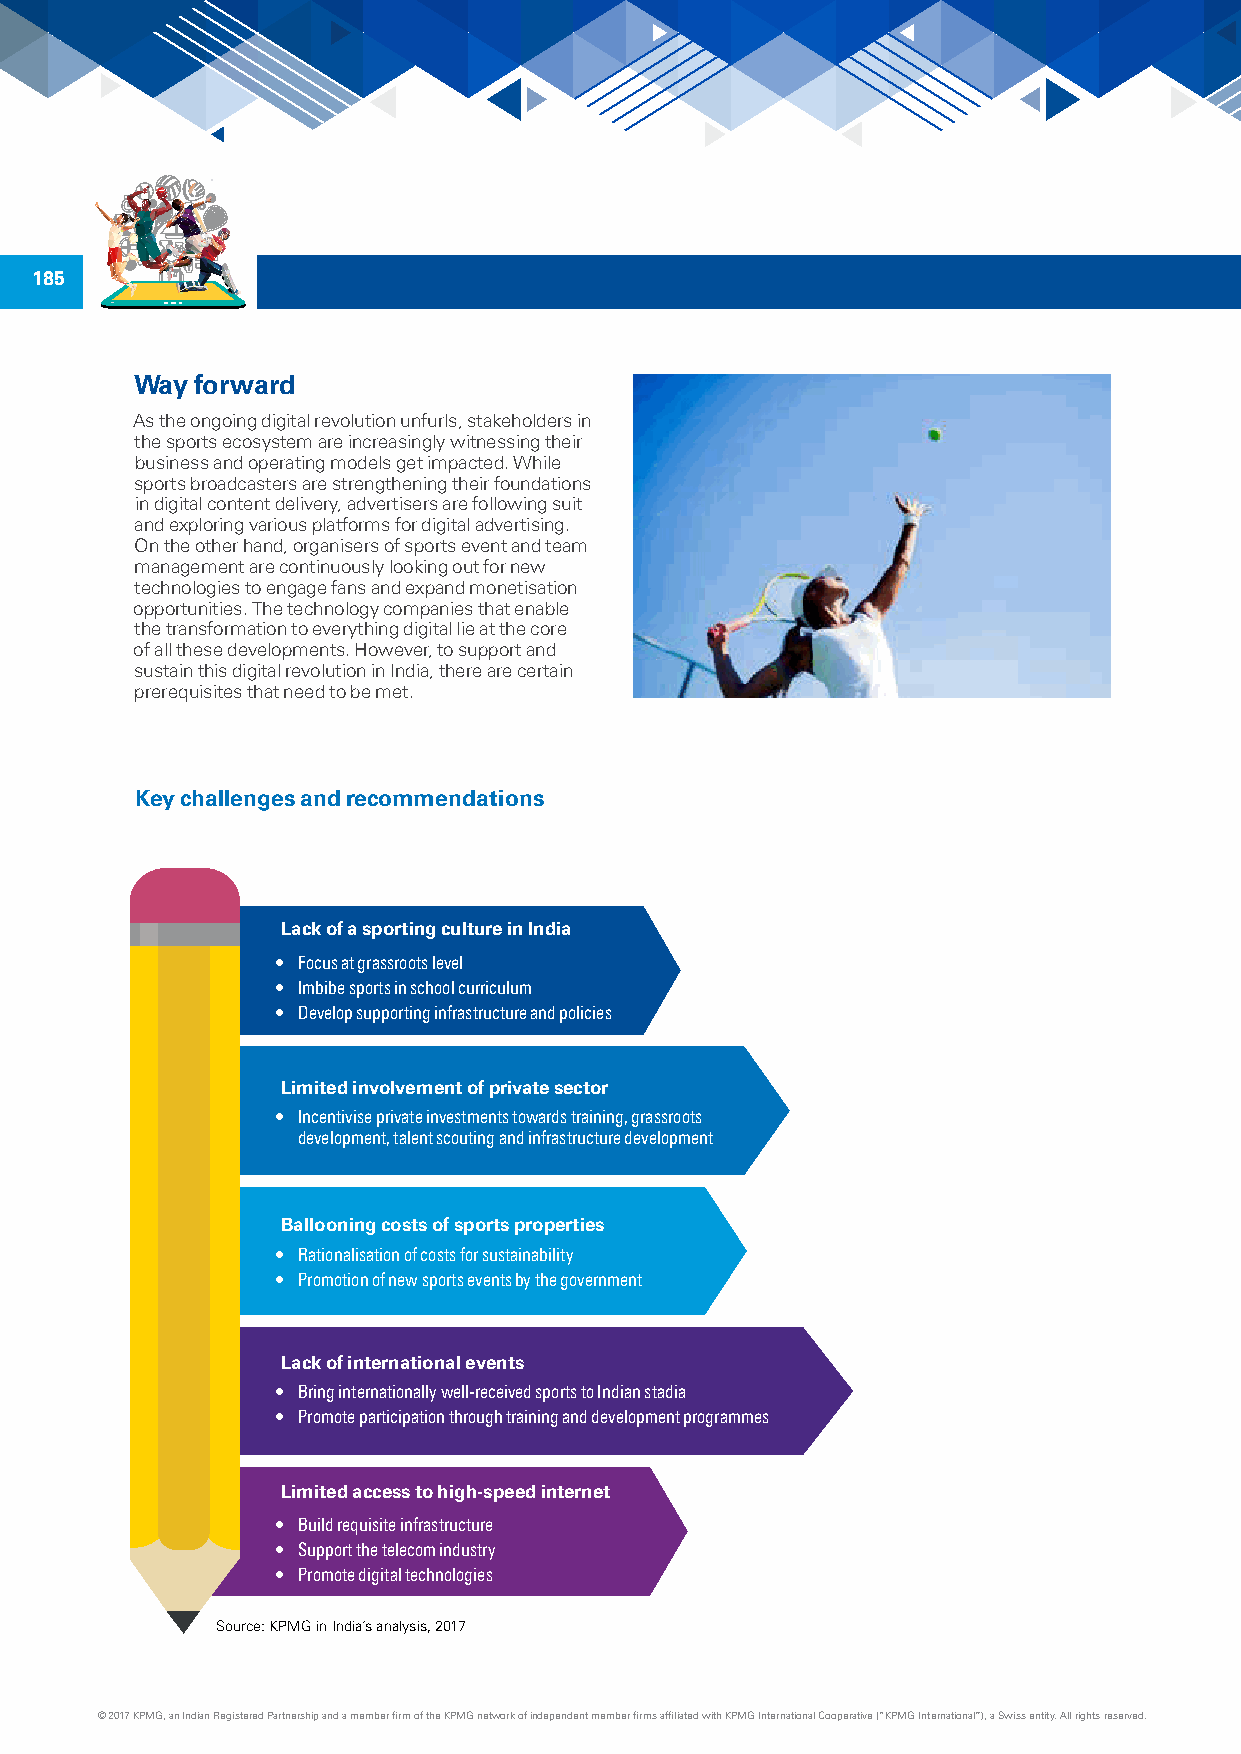
185
 Way forward
 As the ongoing digital revolution unfurls, stakeholders in
 the sports ecosystem are increasingly witnessing their
 business and operating models get impacted. While
 sports broadcasters are strengthening their foundations
 in digital content delivery, advertisers are following suit
 and exploring various platforms for digital advertising.
 On the other hand, organisers of sports event and team
 management are continuously looking out for new
 technologies to engage fans and expand monetisation
 opportunities. The technology companies that enable
 the transformation to everything digital lie at the core
 of all these developments. However, to support and
 sustain this digital revolution in India, there are certain
 prerequisites that need to be met.
 Key challenges and recommendations
 Lack of a sporting culture in India
 • Focus at grassroots level
 • Imbibe sports in school curriculum
 • Develop supporting infrastructure and policies
 Limited involvement of private sector
 • Incentivise private investments towards training, grassroots
 development, talent scouting and infrastructure development
 Ballooning costs of sports properties
 • Rationalisation of costs for sustainability
 • Promotion of new sports events by the government
 Lack of international events
 • Bring internationally well-received sports to Indian stadia
 • Promote participation through training and development programmes
 Limited access to high-speed internet
 • Build requisite infrastructure
 • Support the telecom industry
 • Promote digital technologies
 Source: KPMG in India’s analysis, 2017
 © 2017 KPMG, an Indian Registered Partnership and a member firm of the KPMG network of independent member firms affiliated with KPMG International Cooperative (“KPMG International”), a Swiss entity. All rights reserved.